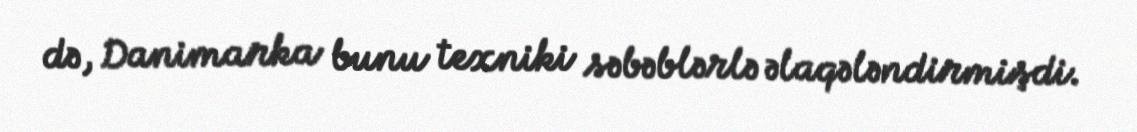
də, Danimarka bunu texniki səbəblərlə əlaqələndirmişdi.